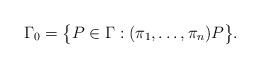
\begin{gather*}\Gamma_0=\bigl\{P\in\Gamma:(\pi_1,\ldots,\pi_n)P\bigr\}.\end{gather*}